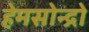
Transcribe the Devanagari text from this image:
हेमसोन्द्रो